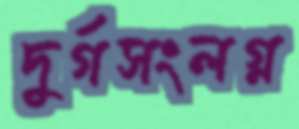
দুর্গসংলগ্ন